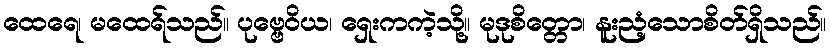
ထေရေ၊ မထေရ်သည်။ ပုဗ္ဗေဝိယ၊ ရှေးကကဲ့သို့။ မုဒုစိတ္တော၊ နူးညံ့သောစိတ်ရှိသည်။